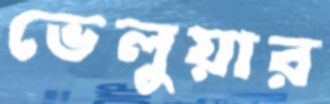
ভেলুয়ার